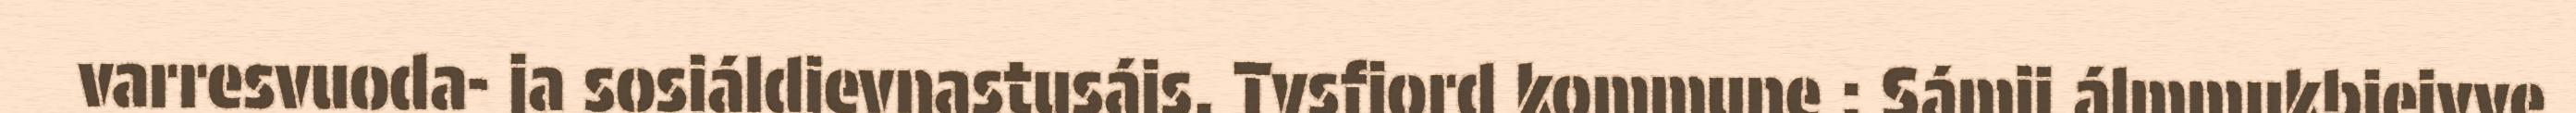
varresvuoda- ja sosiáldievnastusájs. Tysfjord kommune : Sámij álmmukbiejvve